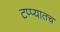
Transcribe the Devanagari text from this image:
टप्प्यातच